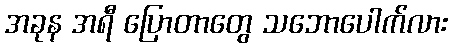
အခုန အရီ ပြောတာတွေ သဘောပေါက်လား